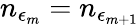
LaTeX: n_{\epsilon_{m}}=n_{\epsilon_{m+1}}